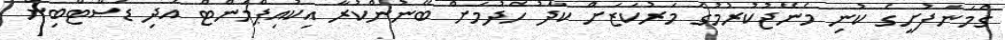
ގެމަނަފުށީގެ ކުނި މެނޭޖުކުރުމުގެ މަރުކަޒަށް ކާދު ހެދުމަށް ބޭނުންކުރާ އިކުއިޕްމަންޓް އަދި ޑަސްޓްބިން